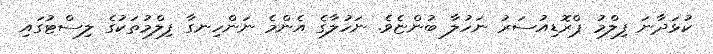
ކުޅަދާނަ ފިލްމު ޕްރޮޑިއުސަރު ނަހުލާ ބުންޏެވެ. ނަހުލާގެ އެންމެ ނަންހިނގާ ފިލްމުތަކުގެ ލިސްޓުގައި